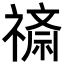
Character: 𬓖